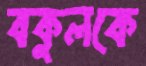
বকুলকে